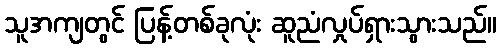
သူအကျတွင် ပြန့်တစ်ခုလုံး ဆူညံလှုပ်ရှားသွားသည်။